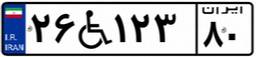
۷۵W۰۶۵۱۵